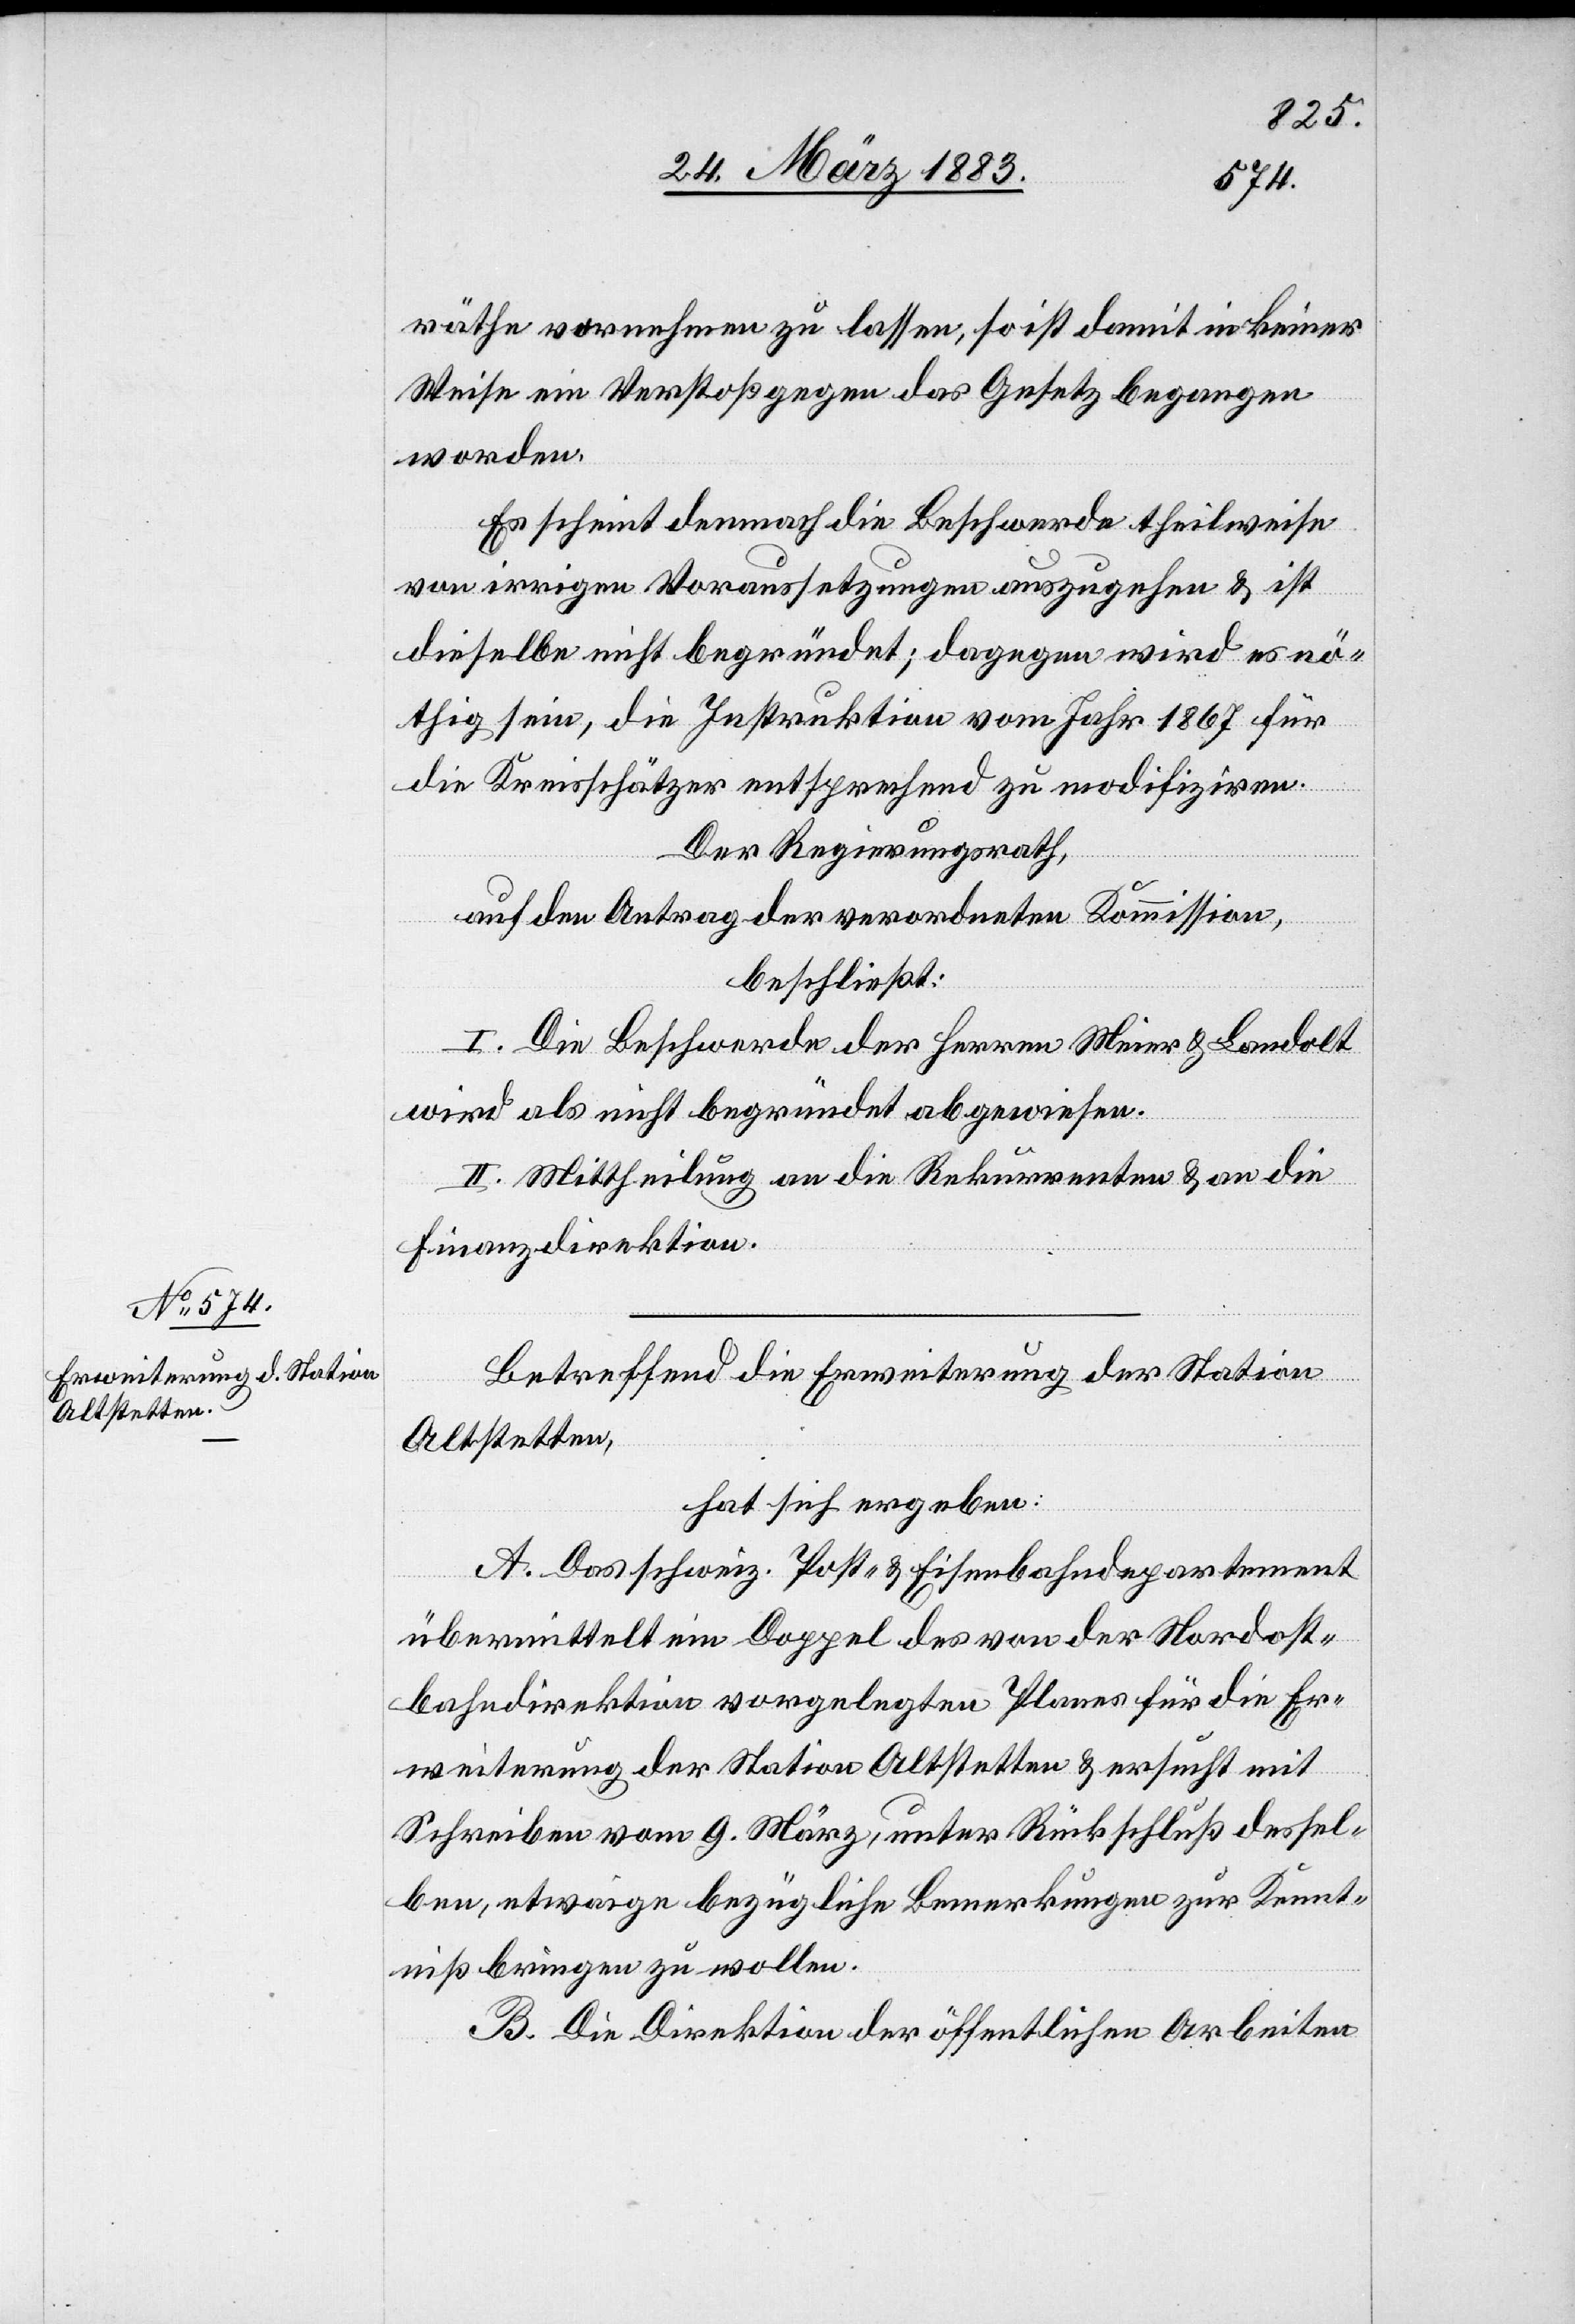
räthe vornehmen zu lassen, so ist damit in keiner
Weise ein Verstoß gegen das Gesetz begangen
worden.
Es scheint demnach die Beschwerde theilweise
von irrigen Voraussetzungen auszugehen & ist
dieselbe nicht begründet; dagegen wird es nö¬
thig sein, die Instruktion vom Jahr 1867 für
die Kreisschätzer entsprechend zu modifiziren.
Der Regierungsrath,
auf den Antrag der verordneten Kommission,
beschließt:
I. Die Beschwerde der Herren Meier & Landolt
wird als nicht begründet abgewiesen.
II. Mittheilung an die Rekurrenten & an die
Finanzdirektion.
Betreffend die Erweiterung der Station
Altstetten,
hat sich ergeben:
A. Das schweiz. Post- & Eisenbahndepartement
übermittelt ein Doppel des von der Nordost¬
bahndirektion vorgelegten Planes für die Er¬
weiterung der Station Altstetten & ersucht mit
Schreiben vom 9. März, unter Rückschluß dessel¬
ben, etwaige bezügliche Bemerkungen zur Kennt¬
niß bringen zu wollen.
B. Die Direktion der öffentlichen Arbeiten